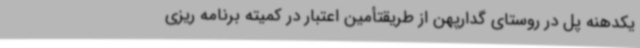
یکدهنه پل در روستای گدارپهن از طریقتأمین اعتبار در کمیته برنامه ریزی